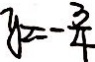
y _ { 2 } = - \frac { 3 } { 4 }